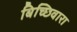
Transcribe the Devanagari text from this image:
बिच्छिवारा